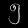
Digit: ၅